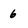
Character: 6